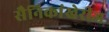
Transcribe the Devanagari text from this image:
सैनिकांखेरीज